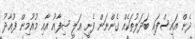
ދެން އައިސްފައި ބަދަލުތަކެއް ގެންނަން ފެށީ އަލީ ޝިފާއު އާއި މުއުމިން ފުއާދު